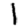
Digit: 1